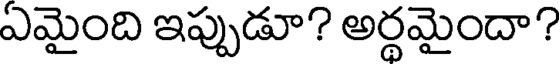
ఏమైంది ఇప్పుడూ? అర్థమైందా?